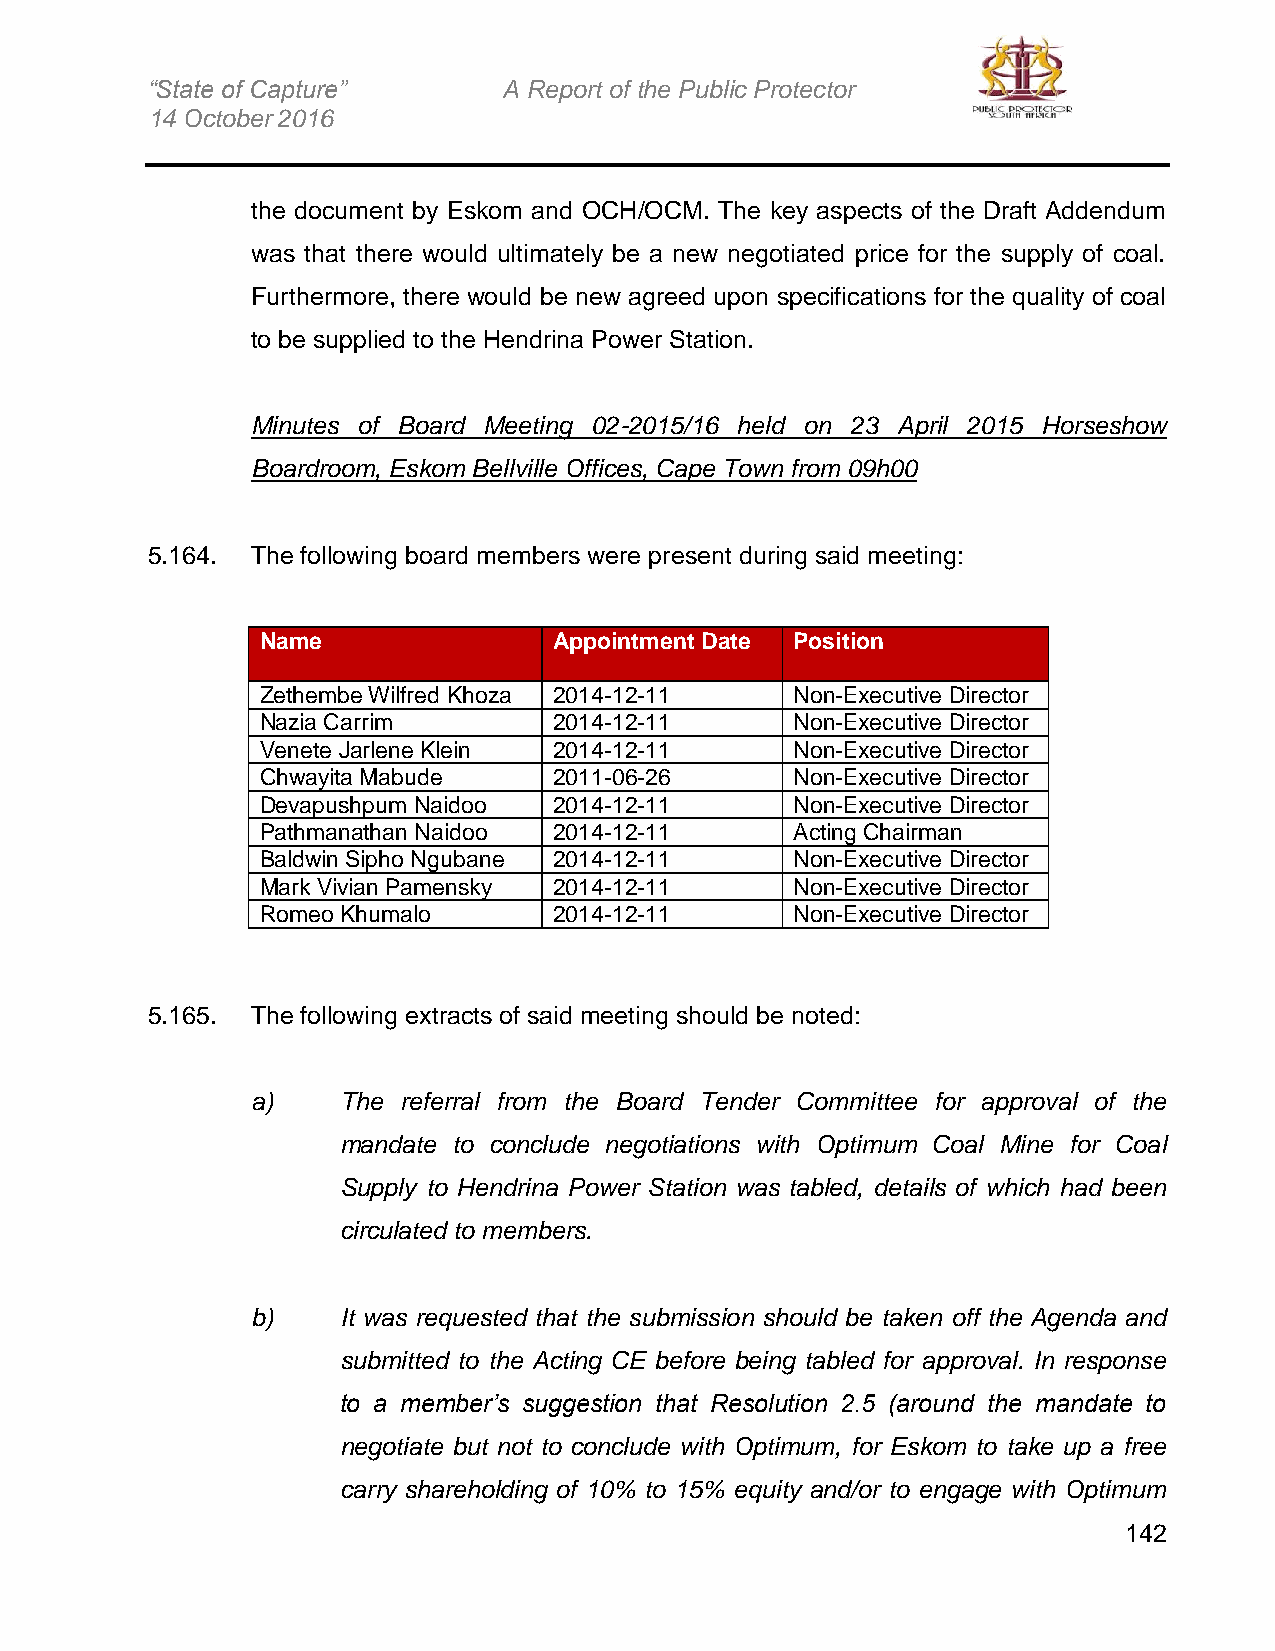
“State of Capture”     A Report of the Public Protector
 14 October 2016
 the document by Eskom and OCH/OCM. The key aspects of the Draft Addendum
 was that there would ultimately be a new negotiated price for the supply of coal.
 Furthermore, there would be new agreed upon specifications for the quality of coal
 to be supplied to the Hendrina Power Station.
 Minutes of Board Meeting 02-2015/16 held on 23 April 2015 Horseshow
 Boardroom, Eskom Bellville Offices, Cape Town from 09h00
 5.164. The following board members were present during said meeting:
 Name                Appointment Date Position
 Zethembe Wilfred Khoza 2014-12-11   Non-Executive Director
 Nazia Carrim        2014-12-11      Non-Executive Director
 Venete Jarlene Klein 2014-12-11     Non-Executive Director
 Chwayita Mabude     2011-06-26      Non-Executive Director
 Devapushpum Naidoo  2014-12-11      Non-Executive Director
 Pathmanathan Naidoo 2014-12-11      Acting Chairman
 Baldwin Sipho Ngubane 2014-12-11    Non-Executive Director
 Mark Vivian Pamensky 2014-12-11     Non-Executive Director
 Romeo Khumalo       2014-12-11      Non-Executive Director
 5.165. The following extracts of said meeting should be noted:
 a)   The  referral from the Board Tender Committee for approval of the
 mandate to conclude negotiations with Optimum Coal Mine for Coal
 Supply to Hendrina Power Station was tabled, details of which had been
 circulated to members.
 b)   It was requested that the submission should be taken off the Agenda and
 submitted to the Acting CE before being tabled for approval. In response
 to a member’s suggestion that Resolution 2.5 (around the mandate to
 negotiate but not to conclude with Optimum, for Eskom to take up a free
 carry shareholding of 10% to 15% equity and/or to engage with Optimum
 142